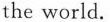
the world.